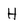
Character: H